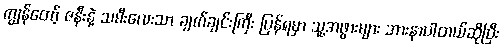
ကျွန်တော့် ဇနီးနဲ့ သမီးလေးသာ ချက်ချင်းကြီး ပြန်ရမှာ သူ့အဖွားများ အားနာပါတယ်ဆိုပြီး